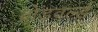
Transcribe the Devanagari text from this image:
ब्रोडवर्ल्ड